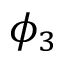
\phi _ { 3 }